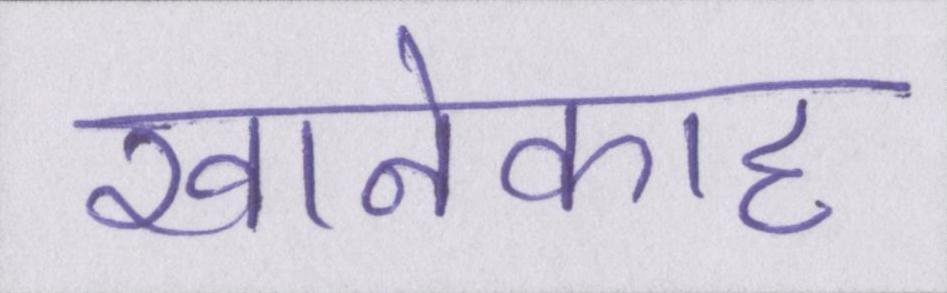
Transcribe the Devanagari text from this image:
खानेकाह